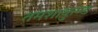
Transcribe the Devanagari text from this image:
तमशाकुण्ड